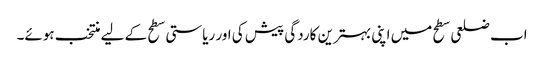
اب ضلعی سطح میں اپنی بہترین کاردگی پیش کی اور ریاستی سطح کے لیے منتخب ہوئے۔